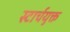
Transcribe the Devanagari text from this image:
स्टार्चयुक्त